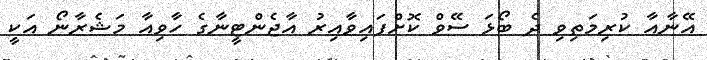
އޭނާއާ ކުރިމަތިވި ދެ ބޯޅަ ސޭވް ކޮށްފައިވާއިރު އާޖެންޓީނާގެ ހާވިއާ މަޝެރާނޯ އަކީ